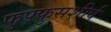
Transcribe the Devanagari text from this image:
फुफ्फुसशीर्ष